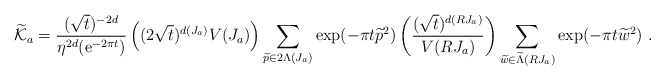
\begin{align*} {\widetilde {\cal K}}_a={(\sqrt{t})^{-2d}\over\eta^{2d}({\mbox{e}}^{-2\pi t})} \left((2\sqrt{t})^{d(J_a)} V(J_a)\right) \sum_{{\widetilde p}\in 2\Lambda(J_a)} \exp(-\pi t {\widetilde p}^2) \left({(\sqrt{t})^{d(RJ_a)}\over V(RJ_a)}\right) \sum_{{\widetilde w}\in{\widetilde\Lambda}(RJ_a)} \exp(-\pi t {\widetilde w}^2)~.\end{align*}